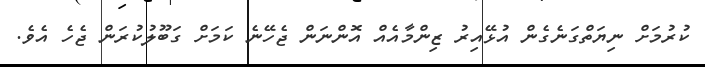
ކުރުމަށް ނިޔަތްގަނެގެން އުޅޭއިރު ޒިންމާއެއް އޮންނަން ޖެހޭނެ ކަމަށް ގަބޫލުކުރަން ޖެހެ އެވެ.